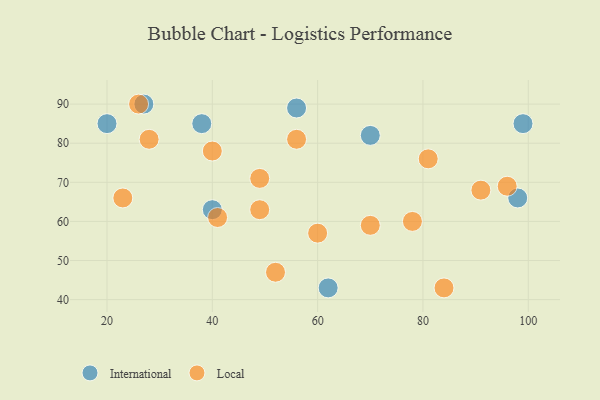
{"axis": {"x": "GDP", "y": "Life Expectancy"}, "legend": ["International", "Local"], "data": [{"x": "98", "y": 66, "type": "International"}, {"x": "99", "y": 85, "type": "International"}, {"x": "38", "y": 85, "type": "International"}, {"x": "27", "y": 90, "type": "International"}, {"x": "20", "y": 85, "type": "International"}, {"x": "62", "y": 43, "type": "International"}, {"x": "56", "y": 89, "type": "International"}, {"x": "40", "y": 63, "type": "International"}, {"x": "70", "y": 82, "type": "International"}, {"x": "84", "y": 43, "type": "Local"}, {"x": "28", "y": 81, "type": "Local"}, {"x": "96", "y": 69, "type": "Local"}, {"x": "23", "y": 66, "type": "Local"}, {"x": "70", "y": 59, "type": "Local"}, {"x": "40", "y": 78, "type": "Local"}, {"x": "41", "y": 61, "type": "Local"}, {"x": "78", "y": 60, "type": "Local"}, {"x": "81", "y": 76, "type": "Local"}, {"x": "56", "y": 81, "type": "Local"}, {"x": "26", "y": 90, "type": "Local"}, {"x": "60", "y": 57, "type": "Local"}, {"x": "49", "y": 71, "type": "Local"}, {"x": "52", "y": 47, "type": "Local"}, {"x": "91", "y": 68, "type": "Local"}, {"x": "49", "y": 63, "type": "Local"}]}